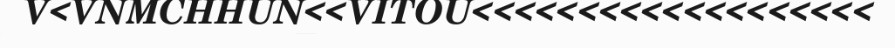
V<VNMCHHUN<<VITOU<<<<<<<<<<<<<<<<<<<